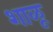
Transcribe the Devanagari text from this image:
शाळू